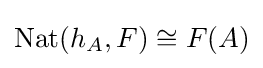
\mathrm {Nat} (h_{A},F)\cong F(A)